Annual report on the Civil Veterinary Department, Burma (including the Insein Veterinary School) - 1932-1941
Year: 1932
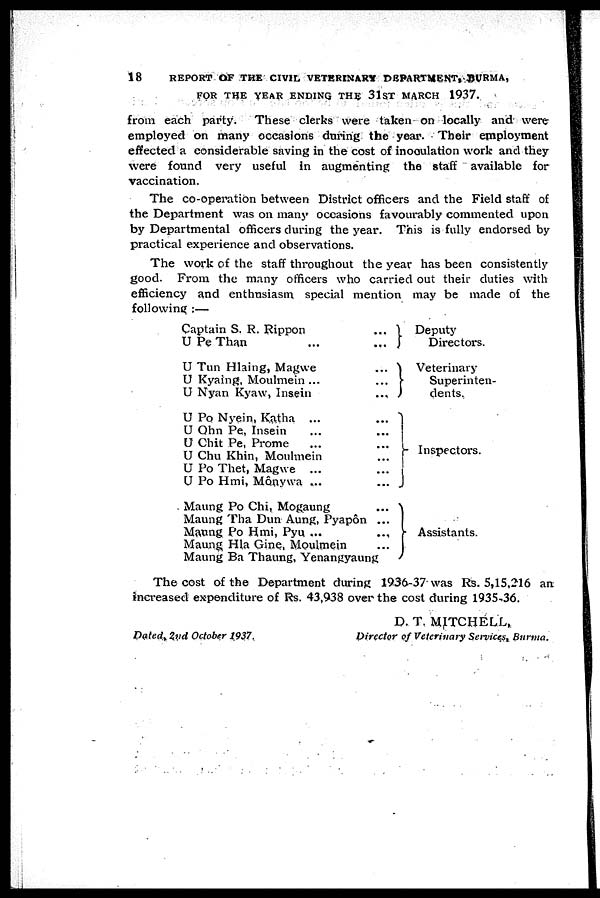
18
REPORT OF THE CIVIL VETERINARY DEPARTMENT, BURMA,
FOR THE YEAR ENDING THE 31ST MARCH 1937.
from each party. These clerks were taken on locally and were
employed on many occasions during the year. Their employment
effected a considerable saving in the cost of inoculation work and they
were found very useful in augmenting the staff available for
vaccination.
The co-operation between District officers and the Field staff of
the Department was on many occasions favourably commented upon
by Departmental officers during the year. This is fully endorsed by
practical experience and observations.
The work of the staff throughout the year has been consistently
good. From the many officers who carried out their duties with
efficiency and enthusiasm special mention may be made of the
following :—
Captain S. R. Rippon
...
U Pe Than
...
...
U Tun Hlaing, Magwe
...
U Kyaing, Moulmein ...
...
U Nyan Kyaw, Insein
...
U Po Nyein, Katha ...
...
U Ohn Pe, Insein ... ...
U Chit Pe, Prome ... ...
U Chu Khin, Moulmein ...
U Po Thet, Magwe ... ...
U Po Hmi, Mônywa ... ...
Maung Po Chi, Mogaung
...
Maung Tha Dun Aung, Pyapôn ...
Mating Po Hmi, Pyu ...
...
Maung Hla Gine, Moulmein ...
Maung Ba Thaung, Yenangyaung
Deputy
Directors.
Veterinary
Superinten-
dents.
Inspectors.
Assistants.
The cost of the Department during 1936-37 was Rs. 5,15,216 an
increased expenditure of Rs. 43,938 over the cost during 1935-36.
D. T. MITCHELL,
Dated, 2nd October 1937.
Director of Veterinary Services, Burma.